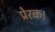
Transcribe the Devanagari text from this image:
प्रेरक।